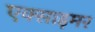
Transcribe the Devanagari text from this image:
एक्‍साइमर